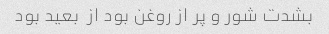
بشدت شور و پر از روغن بود از  بعید بود